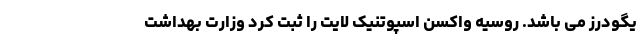
یگودرز می باشد. روسیه واکسن اسپوتنیک لایت را ثبت کرد وزارت بهداشت